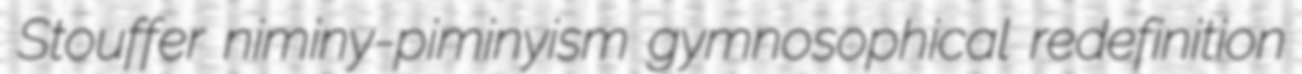
Stouffer niminy-piminyism gymnosophical redefinition